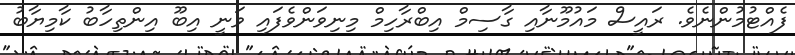
ފެއްޓުމުންނެވެ. ރައީސް މައުމޫނާއި ގާސިމް އިބްރާހިމް މިނިވަންވެފައި ވަނީ އިބޫ އިންތިހާބު ކާމިޔާބު